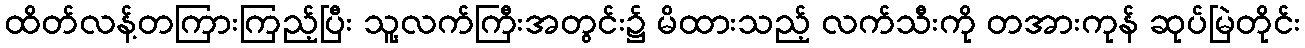
ထိတ်လန့်တကြားကြည့်ပြီး သူ့လက်ကြီးအတွင်း၌ မိထားသည့် လက်သီးကို တအားကုန် ဆုပ်မြဲတိုင်း